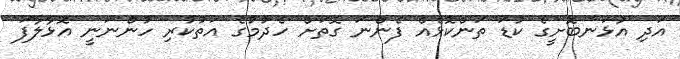
އަދި އުޅަނބޮށީގެ ކުޑަ ތަންކޮޅެއް ފެންނަ ގޮތަށް ހެދުމުގެ އަތުކުރި ހުންނަނީ އޮޅާލާފަ